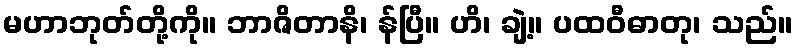
မဟာဘုတ်တို့ကို။ ဘာဇိတာနိ၊ န်ပြီ။ ဟိ၊ ချဲ့။ ပထဝီဓာတု၊ သည်။